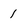
Character: 1